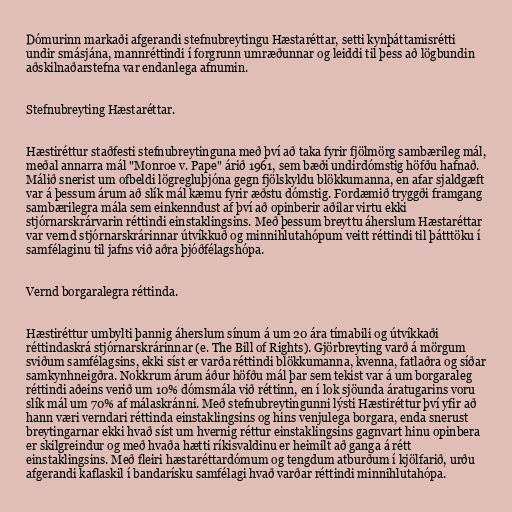
Dómurinn markaði afgerandi stefnubreytingu Hæstaréttar, setti kynþáttamisrétti
undir smásjána, mannréttindi í forgrunn umræðunnar og leiddi til þess að lögbundin
aðskilnaðarstefna var endanlega afnumin.

Stefnubreyting Hæstaréttar.

Hæstiréttur staðfesti stefnubreytinguna með því að taka fyrir fjölmörg sambærileg mál,
meðal annarra mál "Monroe v. Pape" árið 1961, sem bæði undirdómstig höfðu hafnað.
Málið snerist um ofbeldi lögregluþjóna gegn fjölskyldu blökkumanna, en afar sjaldgæft
var á þessum árum að slík mál kæmu fyrir æðstu dómstig. Fordæmið tryggði framgang
sambærilegra mála sem einkenndust af því að opinberir aðilar virtu ekki
stjórnarskrárvarin réttindi einstaklingsins. Með þessum breyttu áherslum Hæstaréttar
var vernd stjórnarskrárinnar útvíkkuð og minnihlutahópum veitt réttindi til þátttöku í
samfélaginu til jafns við aðra þjóðfélagshópa.

Vernd borgaralegra réttinda.

Hæstiréttur umbylti þannig áherslum sínum á um 20 ára tímabili og útvíkkaði
réttindaskrá stjórnarskrárinnar (e. The Bill of Rights). Gjörbreyting varð á mörgum
sviðum samfélagsins, ekki síst er varða réttindi blökkumanna, kvenna, fatlaðra og síðar
samkynhneigðra. Nokkrum árum áður höfðu mál þar sem tekist var á um borgaraleg
réttindi aðeins verið um 10% dómsmála við réttinn, en í lok sjöunda áratugarins voru
slík mál um 70% af málaskránni. Með stefnubreytingunni lýsti Hæstiréttur því yfir að
hann væri verndari réttinda einstaklingsins og hins venjulega borgara, enda snerust
breytingarnar ekki hvað síst um hvernig réttur einstaklingsins gagnvart hinu opinbera
er skilgreindur og með hvaða hætti ríkisvaldinu er heimilt að ganga á rétt
einstaklingsins. Með fleiri hæstaréttardómum og tengdum atburðum í kjölfarið, urðu
afgerandi kaflaskil í bandarísku samfélagi hvað varðar réttindi minnihlutahópa.